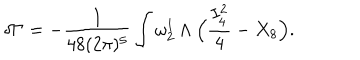
LaTeX: \delta \Gamma = - { \frac { 1 } { 4 8 ( 2 \pi ) ^ { 5 } } } \int \omega _ { 2 } ^ { 1 } \wedge \Big ( { \frac { I _ { 4 } ^ { 2 } } { 4 } } - X _ { 8 } \Big ) .